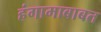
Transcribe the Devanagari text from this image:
हंगामाबाबत